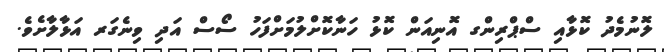
ލޮނުމެދު ކޮޅާއި ސްޕްރިންގ އޮނިއަން ކޮޅު ހަނާކޮށްލުމަށްފަހު ސޯސް އަދި ވިނެގަރ އަޅާލާށެވެ.